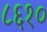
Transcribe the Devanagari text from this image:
८६१०